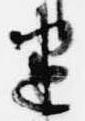
建